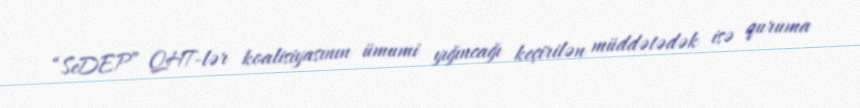
“SeDEP” QHT-lər koalisiyasının ümumi yığıncağı keçirilən müddətədək isə quruma